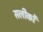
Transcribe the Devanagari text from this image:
सलीकों